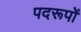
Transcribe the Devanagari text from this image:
पदरूपों